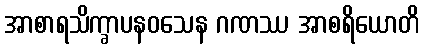
အာစာရသိက္ခာပနဝသေန ဂဏဿ အာစရိယောတိ